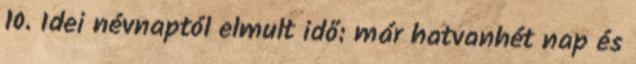
10. Idei névnaptól elmult idő: már hatvanhét nap és